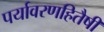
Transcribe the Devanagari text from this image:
पर्यावरणहितैषी